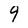
Character: 9